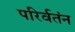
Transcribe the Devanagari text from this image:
परिर्वतंन